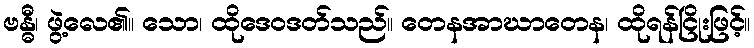
ဗန္ဓီ၊ ဖွဲ့လေ၏။ သော၊ ထိုဒေဝဒတ်သည်။ တေနအာဃာတေန၊ ထိုရန်ငြိုးဖြင့်။